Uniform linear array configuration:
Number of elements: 12
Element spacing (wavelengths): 1
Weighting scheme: exponential
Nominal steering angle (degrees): -45
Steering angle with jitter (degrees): -45.415
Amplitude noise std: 0.05
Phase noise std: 0.05

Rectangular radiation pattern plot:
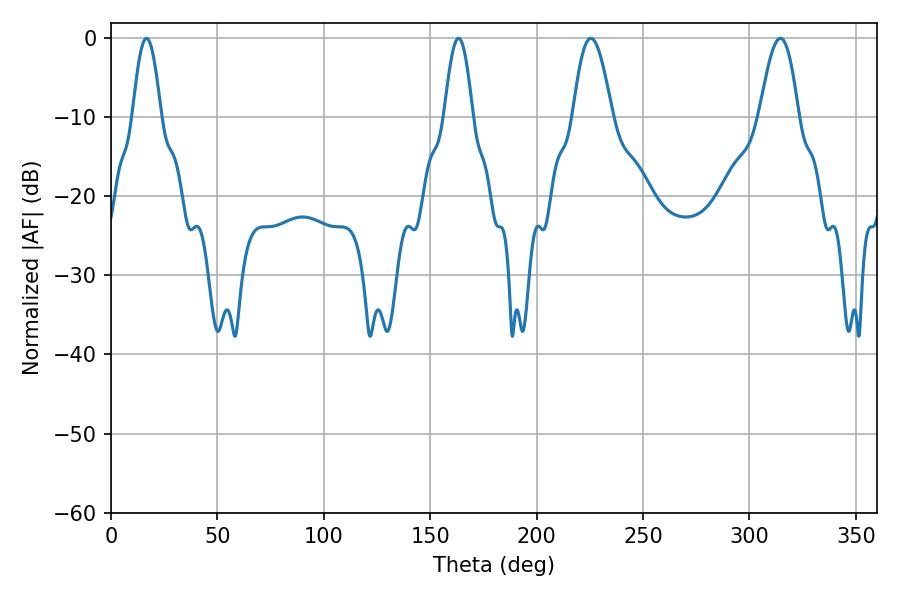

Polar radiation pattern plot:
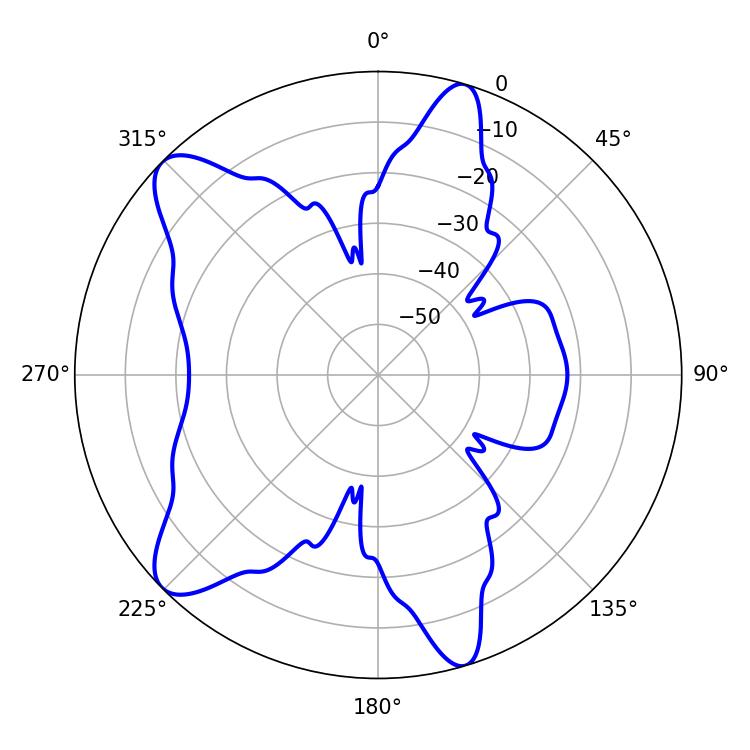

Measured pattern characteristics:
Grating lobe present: TRUE
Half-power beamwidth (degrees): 9.9
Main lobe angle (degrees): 314.46